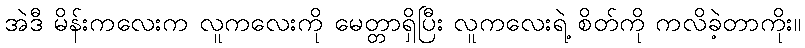
အဲဒီ မိန်းကလေးက လူကလေးကို မေတ္တာရှိပြီး လူကလေးရဲ့ စိတ်ကို ကလိခဲ့တာကိုး။